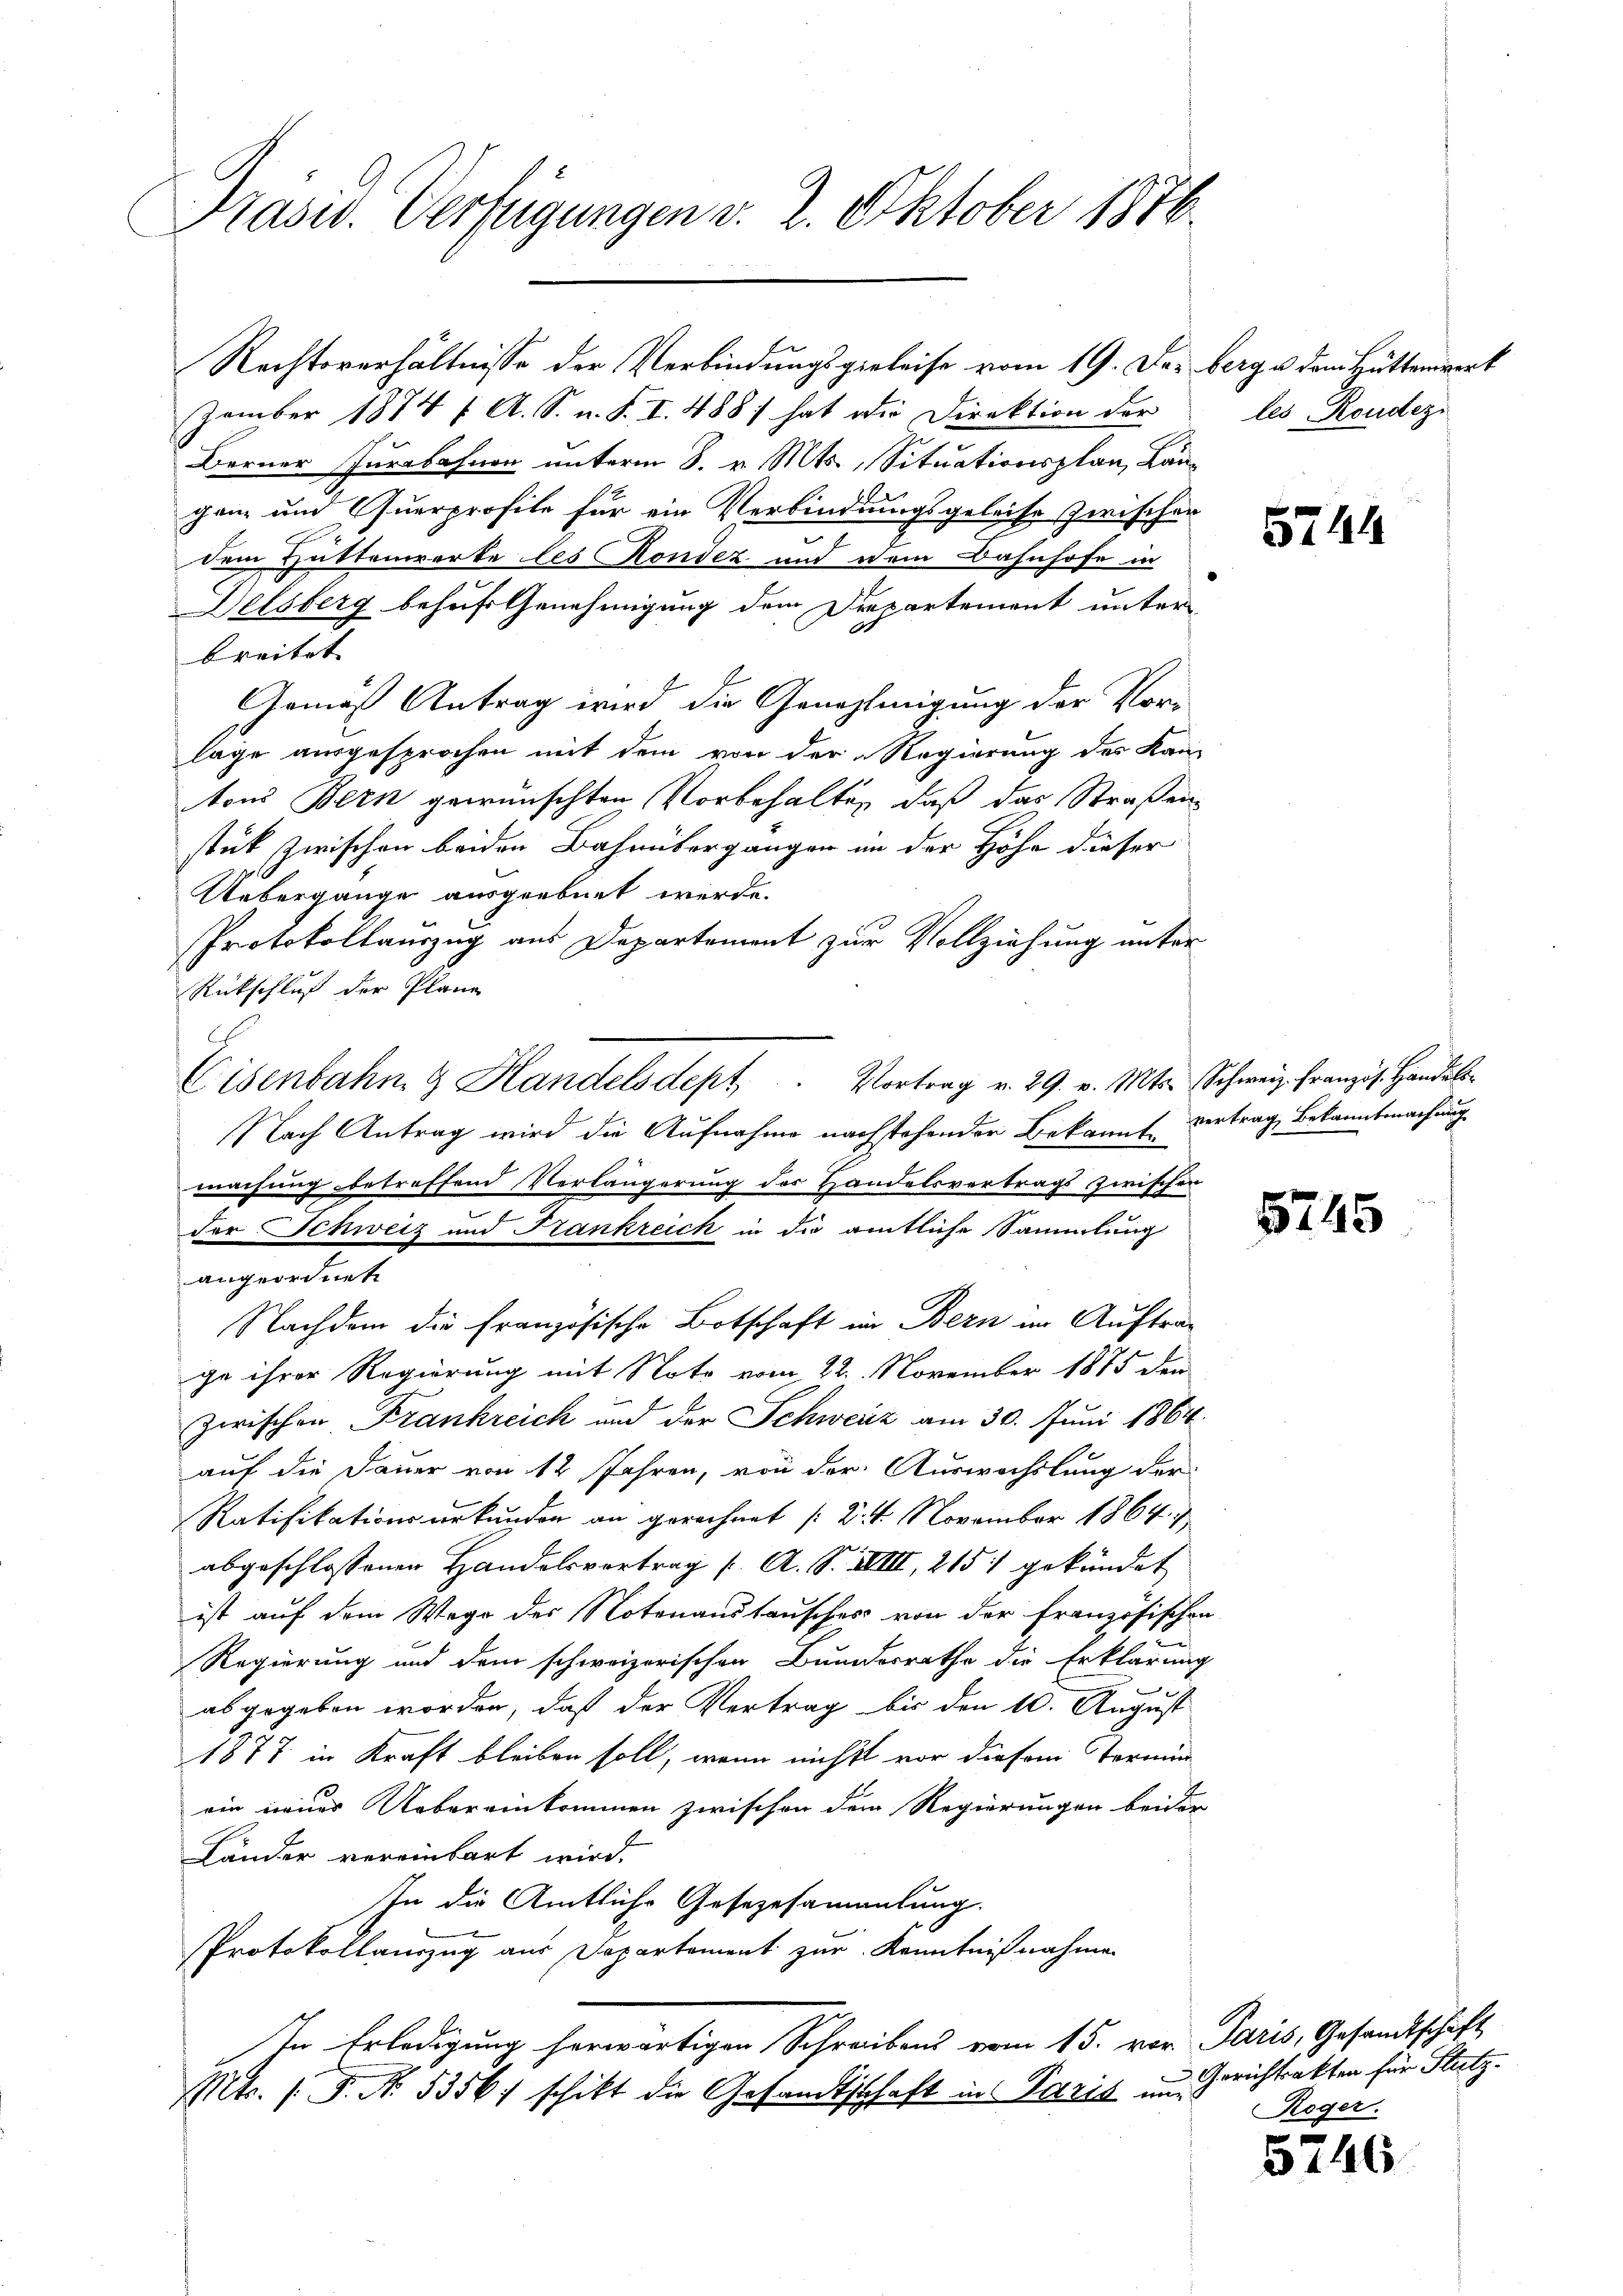
Präsid. Verfügungen v. 2. Oktober 1876.

Eisenbahn & Handelsdept. Vortrag v. 29. v. Mts. Schweiz. Französ. Handels-

Rechtsverhältnisse der Verbindungspieleise vom 19. Dez. berg u dem Hüttenwerk
zember 1874 f. A. S. u. S. I. 488) hat die Direktion der
Berner Jurabahnen unterm 8. v. Mts., Situationsplan, Langanz und Querprofile für ein Verbindungsgeleise zwischer
dem Hattenwerke les Rondez und dem Bahnhofe in
Delsberg behufs Genehmigung dem Drepartement unter
breitet |
Gemäß Antrag wird die Genehmigung der Vorlage ausgesprochen mit dem von der Regierung des Kan-
tons Bern gewünschten Vorbehalten, daß das Straßenstück zwischen beiden Bahnübergänger in der Höhe dieser
Uebergänge ausgeebnet werde.
Protokollauszug aus Departement zur Vollziehung unter
Rückschluß der Plane
Nach Antrag wird die Aufnahme nachstehender Bekannt vertrag, Bekanntmachung
machung betreffend Verlängerung des Handelsvertrags zwischen
der Schweiz und Frankreich in die amtliche Sammlung
angeordnete
Nachdem die französische Botschaft im Bern im Auftrag
ge ihrer Regierung mit Note vom 22. November 1875 den
zwischen Frankreich und der Schweiz am 30. Juni 1864
auf die Dauer von 12 Jahren, von der Auswachslung der
Ratifikationsurkunden an gerechnet (d. 4. November 1864
abgeschlossenen Handelsvertrag (: A. S. XIII, 215 gekündet
ist auf dem Wege der Notenanstausches von der französischen
Regierung und dem schweizerischen Bundesrathe die Erklärung
abgegeben worden, daß der Vertrag bis den 10. August
1877 in Kraft bleiben soll, wenn nicht vor diesem Termin
ein neuer Uebereinkommen zwischen dem Regierungen beider
Länder vereinbart wird.
In die Amtliche Gesezesammlung.
Protokollauszug aus Departement zur Kenntnißnahmen
In Erledigung herwärtigen Schreibens vom 15. vor. Paris, Gesandtschaft
Mts. (T. No. 5356 schikt die Gesandtschaft in Paris und

les, Roudezi

5744

5745

Gerichtrakten für Stutz.
Roger.

5746